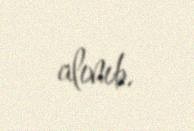
alınıb.